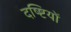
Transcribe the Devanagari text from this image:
दष्ष्टियों